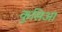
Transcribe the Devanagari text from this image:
कुसिआ